Leaving Certificate Examination, 1915
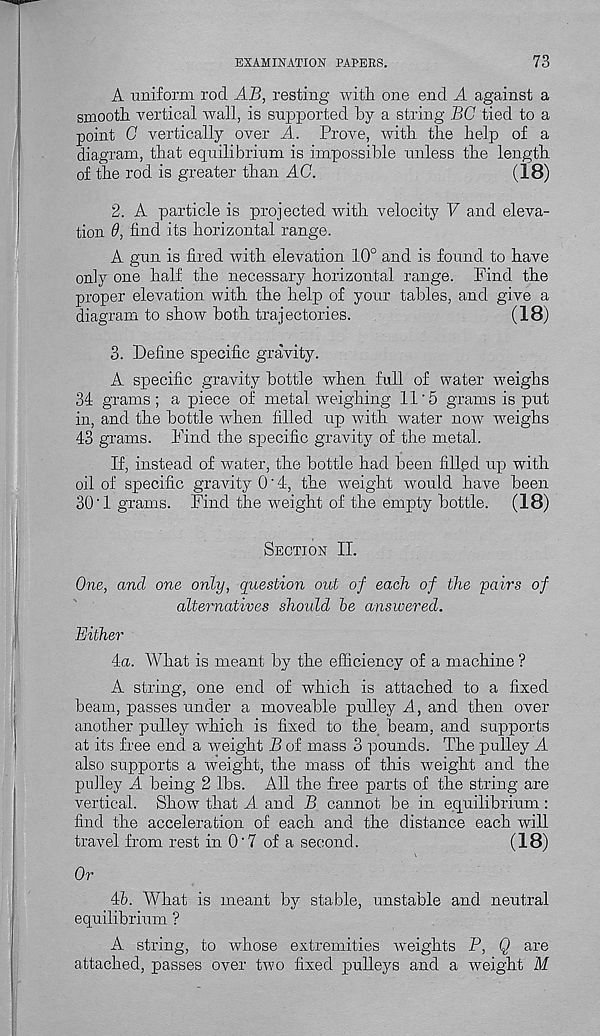
EXAMINATION PATERS.
73
A uniform rod AB, resting with one end A against a
smooth vertical wall, is supported by a string BC tied to a
point 0 vertically over A. Prove, with the help of a
diagram, that equilibrium is impossible unless the length
of the rod is greater than AG.
(18)
2. A particle is projected with velocity V and eleva-
tion 6, find its horizontal range.
A gun is fired with elevation 10° and is found to have
only one half the necessary horizontal range. Find the
proper elevation with the help of your tables, and give a
diagram to show both trajectories.
(18)
3. Define specific gravity.
A specific gravity bottle when full of water weighs
34 grams; a piece of metal weighing 11‘5 grams is put
in, and the bottle when filled up with water now r weighs
43 grams. Find the specific gravity of the metal.
If, instead of water, the bottle had been filled up with
oil of specific gravity 0'4, the weight would have been
30’1 grams. Find the weight of the empty bottle.
(18)
Section II.
One, and one only, question out of each of the pairs of
alternatives should he answered.
Either
4a. AVhat is meant by the efficiency of a machine ?
A string, one end of which is attached to a fixed
beam, passes under a moveable pulley A, and then over
another pulley which is fixed to the beam, and supports
at its free end a weight B of mass 3 pounds. The pulley A
also supports a weight, the mass of this weight and the
pulley A being 2 lbs. All the free parts of the string are
vertical. Show that A and B cannot be in equilibrium :
find the acceleration of each and the distance each will
travel from rest in O'7 of a second.
(18)
Or
4&. What is meant by stable, unstable and neutral
equilibrium ?
A string, to whose extremities weights P, Q are
attached, passes over two fixed pulleys and a weight M